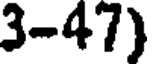
3-47)